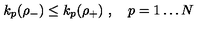
k _ { p } ( \rho _ { - } ) \leq k _ { p } ( \rho _ { + } ) \ , \quad p = 1 \dots N